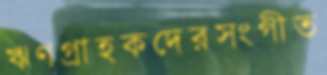
ঋণগ্রাহকদেরসংগীত